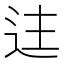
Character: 迬